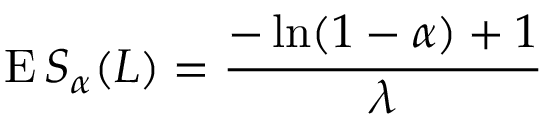
\operatorname { E } S _ { \alpha } ( L ) = { \frac { - \ln ( 1 - \alpha ) + 1 } { \lambda } }